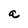
Character: a